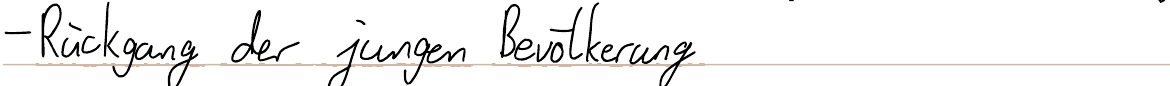
- Rückgang der jungen Bevölkerung